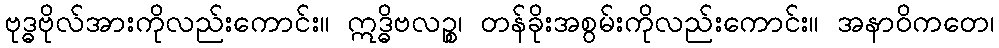
ဗုဒ္ဓဗိုလ်အားကိုလည်းကောင်း။ ဣဒ္ဓိဗလဉ္စ၊ တန်ခိုးအစွမ်းကိုလည်းကောင်း။ အနာဝိကတေ၊